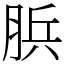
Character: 𦛼